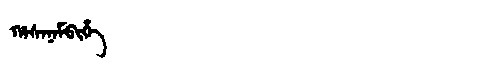
Manchu: ᡥᠠᠰᠠᠨᠠᠮᠪᡳᡥᡝ
Romanization: HASANAMBIHE